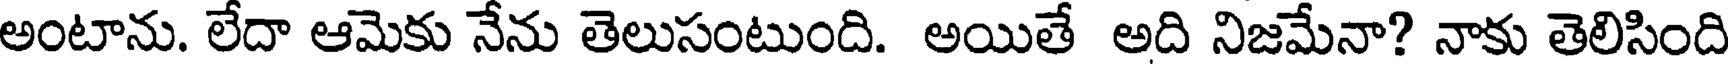
అంటాను. లేదా ఆమెకు నేను తెలుసంటుంది. అయితే అది నిజమేనా? నాకు తెలిసింది